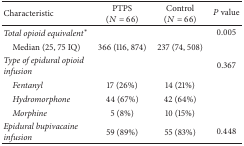
<table><thead><tr><td><b>Characteristic</b></td><td><b>PTPS (<i>N</i> = 66)</b></td><td><b>Control (<i>N</i> = 66)</b></td><td><b><i>P</i> value</b></td></tr></thead><tbody><tr><td><i>Total opioid equivalent</i><sup><i>∗</i></sup></td><td> </td><td> </td><td>0.005</td></tr><tr><td> Median (25, 75 IQ)</td><td>366 (116, 874)</td><td>237 (74, 508)</td><td> </td></tr><tr><td><i>Type of epidural opioid infusion</i></td><td> </td><td> </td><td>0.367</td></tr><tr><td> <i>Fentanyl</i></td><td>17 (26%)</td><td>14 (21%)</td><td> </td></tr><tr><td> <i>Hydromorphone</i></td><td>44 (67%)</td><td>42 (64%)</td><td> </td></tr><tr><td> <i>Morphine</i></td><td>5 (8%)</td><td>10 (15%)</td><td> </td></tr><tr><td><i>Epidural bupivacaine infusion</i></td><td>59 (89%)</td><td>55 (83%)</td><td>0.448</td></tr></tbody></table>